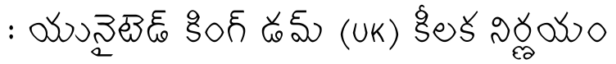
: యునైటెడ్ కింగ్ డమ్ (UK) కీలక నిర్ణయం